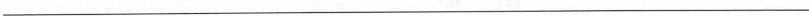
___